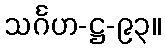
သင်္ဂဟ-ဋ္ဌ-၉၃။